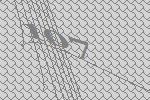
107